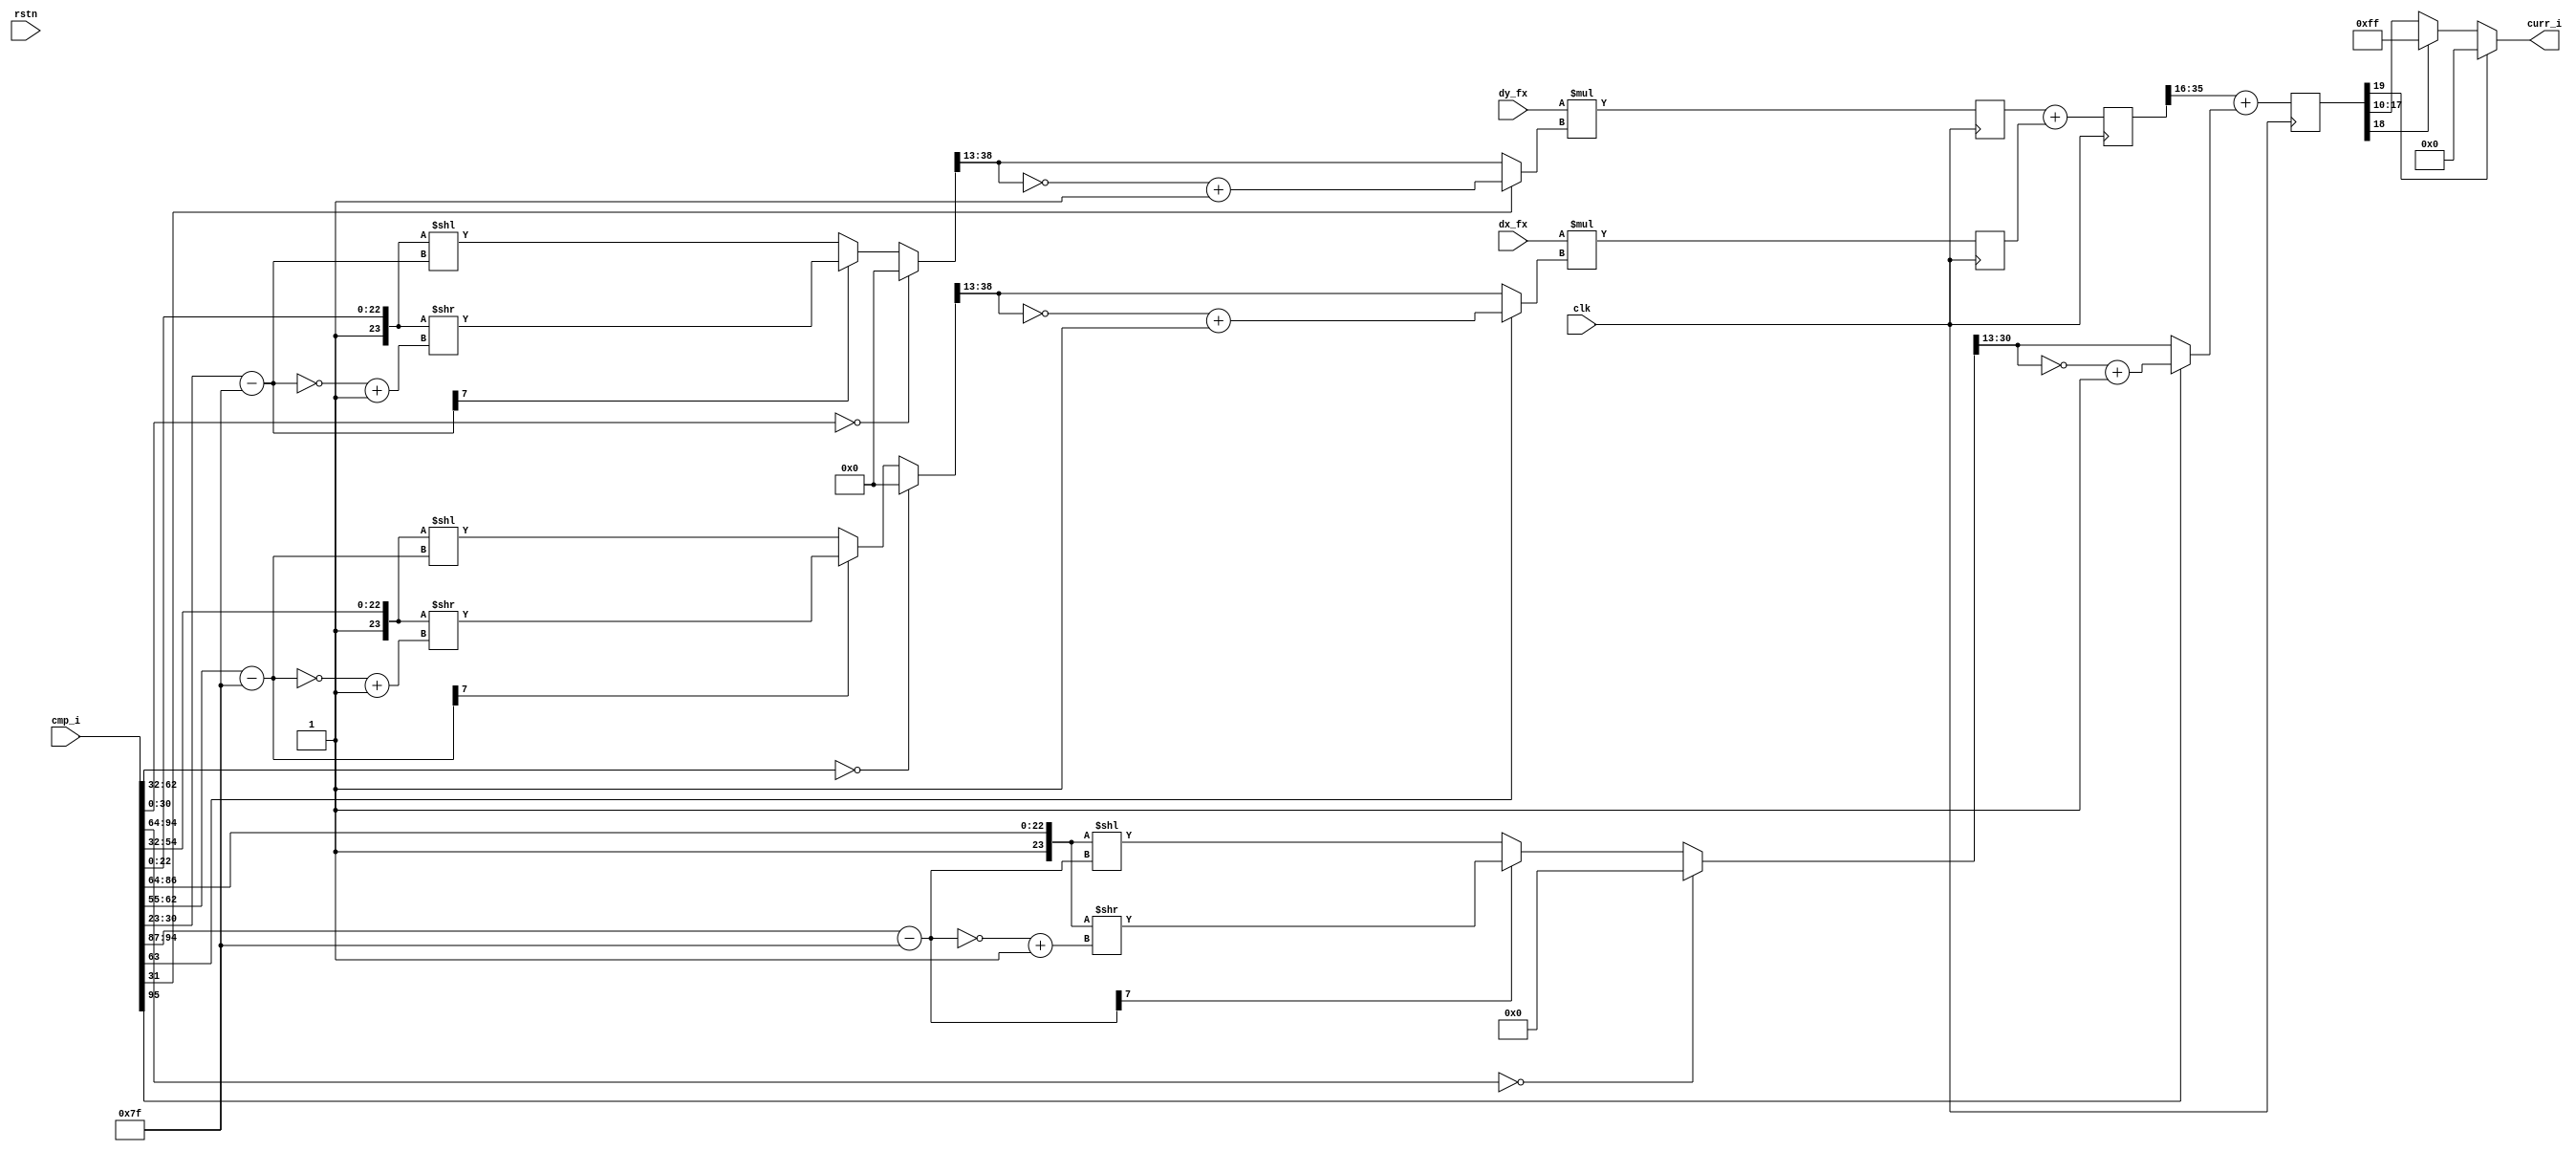
module des_comp_gen_fx_color
  (
   input 	       clk,
   input 	       rstn,
   input signed [31:0] dx_fx, // 16.16
   input signed [31:0] dy_fx, // 16.16
   input [95:0]        cmp_i,

   output [7:0]        curr_i
   );

  reg signed [57:0]    ix;
  reg signed [57:0]    iy;
  reg signed [57:0]    ixy;
  reg signed [19:0]    curr;
  
  assign curr_i = (curr[19]) ? 8'h00 :	// Under flow.
		  (curr[18]) ? 8'hff :	// Over flow.
		  curr[17:10];		// Normal.
  
  wire [17:0] 	       sp_fx;
  wire signed [25:0]   idx_fx;
  wire signed [25:0]   idy_fx;
  
  assign sp_fx  = flt_fx_8p10(cmp_i[95:64]);
  assign idx_fx = flt_fx_16p10(cmp_i[63:32]);
  assign idy_fx = flt_fx_16p10(cmp_i[31:0]);
  
  always @(posedge clk) begin
    ix        <= dx_fx * idx_fx;			// 16.16 * 16.10 = 32.26
    iy        <= dy_fx * idy_fx;			// 16.16 * 16.10 = 32.26
    ixy       <= iy + ix;				// 32.26 + 32.26 = 32.26
    curr      <= ixy[35:16] + {2'b00, sp_fx};	// 10.10 + 10.10 = 10.10
  end
  
  //////////////////////////////////////////////////////////////////
  // Float to fixed converts floating point numbers to 16.16 sign
  //
  //
  function [25:0] flt_fx_16p10;
    input	[31:0]	fp_in;         // Floating point in IEEE fmt
    //  16.10, Color.
    reg [7:0] 		bias_exp;       /* Real exponent -127 - 128     */
    reg [7:0] 		bias_exp2;      /* Real exponent 2's comp       */
    reg [47:0] 		bias_mant;      /* mantissa expanded to 16.16 fmt */
    reg [47:0] 		int_fixed_out;
    reg [31:0] 		fixed_out;
    begin
      bias_mant = {25'h0001, fp_in[22:0]};
      bias_exp = fp_in[30:23] - 8'd127;
      bias_exp2 = ~bias_exp + 8'h1;
      // infinity or NaN - Don't do anything special, will overflow
      // zero condition
      if (fp_in[30:0] == 31'b0) int_fixed_out = 0;
      // negative exponent
      else if (bias_exp[7]) int_fixed_out = bias_mant >> bias_exp2;
      // positive exponent
      else int_fixed_out = bias_mant << bias_exp;
      fixed_out = int_fixed_out[38:13];
      flt_fx_16p10 = (fp_in[31]) ? ~fixed_out[25:0] + 26'h1 : fixed_out[25:0];
    end
  endfunction
  
  function [17:0] flt_fx_8p10;
    input	[31:0]	fp_in;         // Floating point in IEEE fmt
    //  16.10, Color.
    reg [7:0] 		bias_exp;       /* Real exponent -127 - 128     */
    reg [7:0] 		bias_exp2;      /* Real exponent 2's comp       */
    reg [47:0] 		bias_mant;      /* mantissa expanded to 16.16 fmt */
    reg [47:0] 		int_fixed_out;
    reg [31:0] 		fixed_out;
    begin
      bias_mant = {25'h0001, fp_in[22:0]};
      bias_exp = fp_in[30:23] - 8'd127;
      bias_exp2 = ~bias_exp + 8'h1;
      // infinity or NaN - Don't do anything special, will overflow
      // zero condition
      if (fp_in[30:0] == 31'b0) int_fixed_out = 0;
      // negative exponent
      else if (bias_exp[7]) int_fixed_out = bias_mant >> bias_exp2;
      // positive exponent
      else int_fixed_out = bias_mant << bias_exp;
      fixed_out = int_fixed_out[31:13];
      flt_fx_8p10 = (fp_in[31]) ? ~fixed_out[17:0] + 18'h1 : fixed_out[17:0];
    end
  endfunction
  
  
endmodule